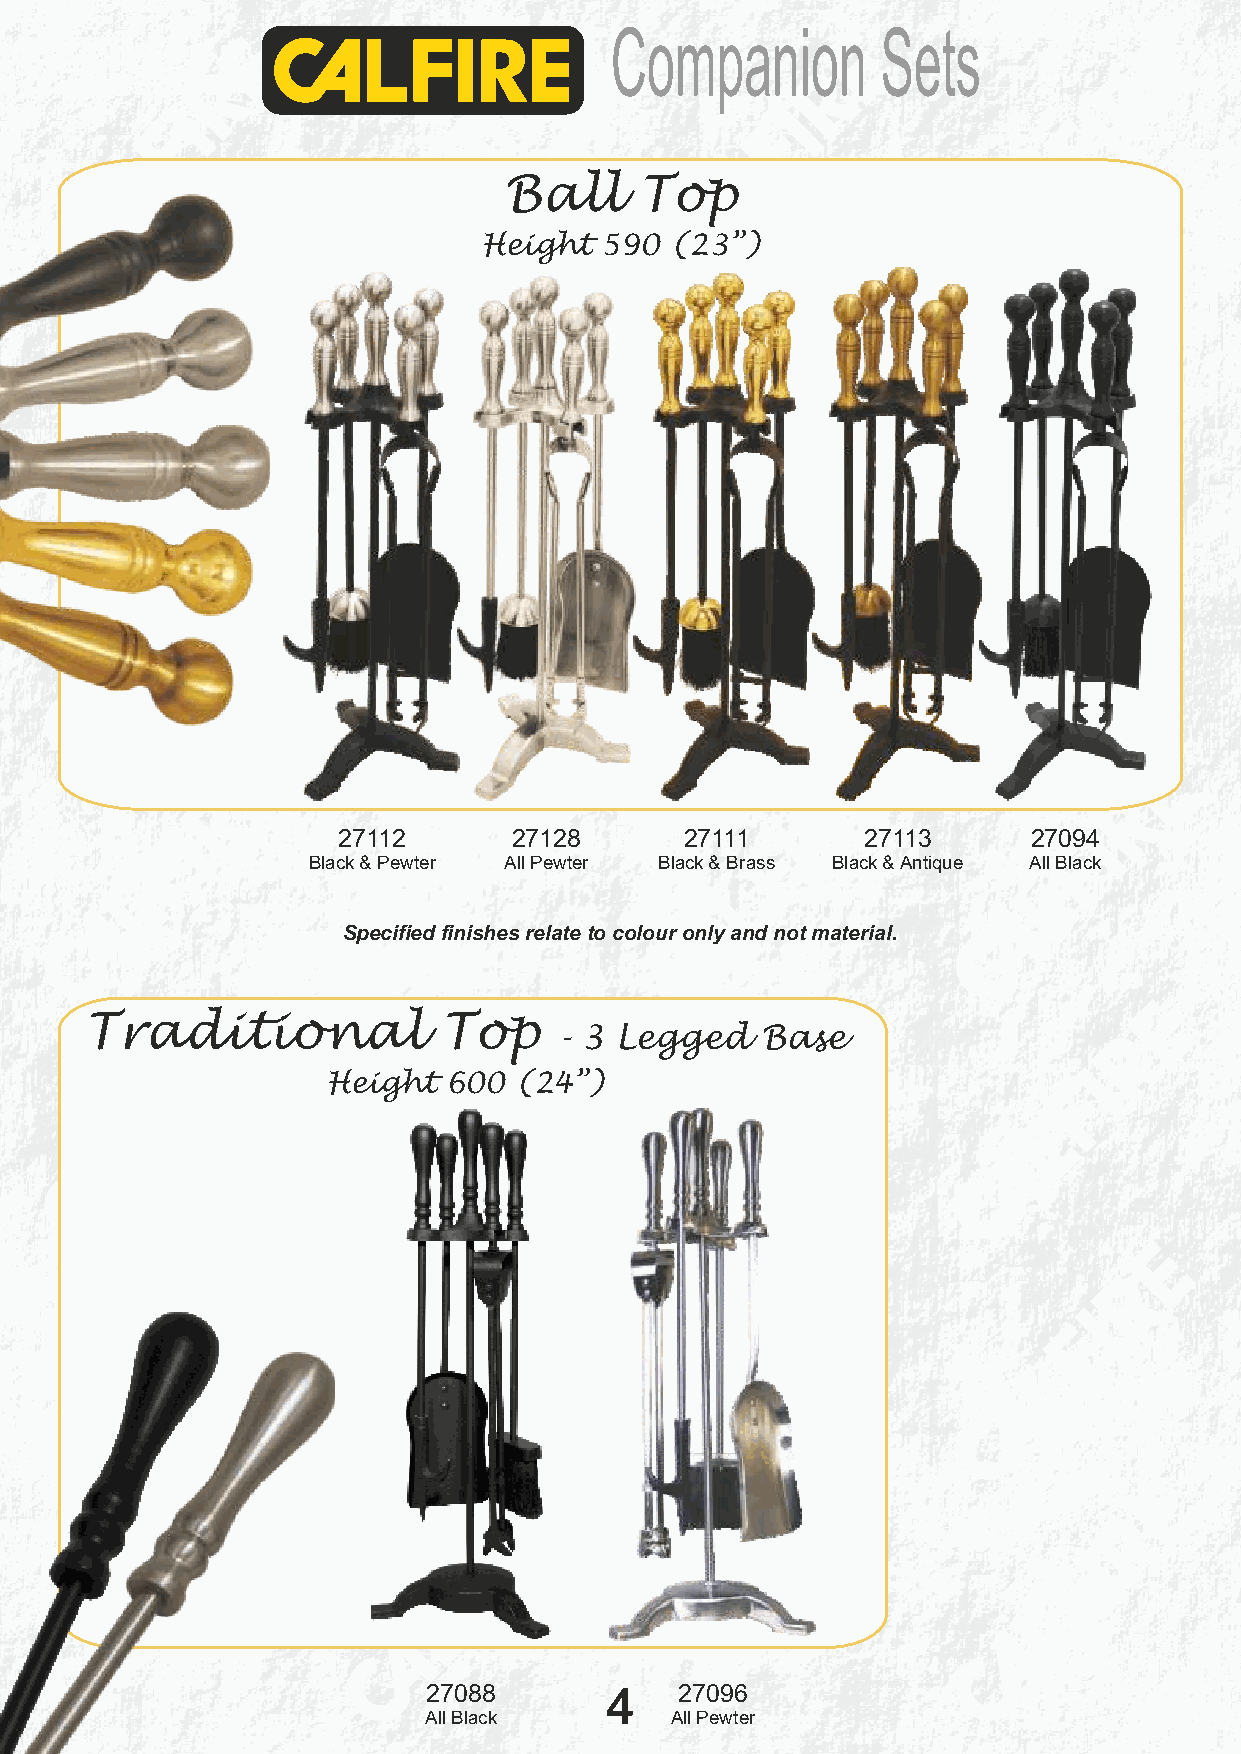
Companion         Sets
 Ball     Top
 Height  590 (23”)
 27112       27128      27111       27113      27094
 Black & Pewter All Pewter Black & Brass Black & Antique All Black
 Specified finishes relate to colour only and not material.
 Traditional            Top
 - 3 Legged   Base
 Height  600 (24”)
 27088
 All Black
 27088       4    27096
 All Black       All Pewter